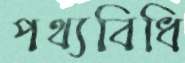
পথ্যবিধি